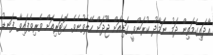
އާދައިގެމަތިން ދަމު ނަމާދު ކުރަންވީ ގަޑިއަށް ޖޫދަށް ހޭލެވުނެވެ. ކޮޓަރިއަށް ވެރިވެފައިވާ ފަނޑު